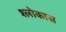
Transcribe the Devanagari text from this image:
श्लोकास